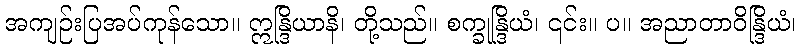
အကျဉ်းပြအပ်ကုန်သော။ ဣန္ဒြိယာနိ၊ တို့သည်။ စက္ခုန္ဒြိယံ၊ ၎င်း။ ပ။ အညာတာဝိန္ဒြိယံ၊